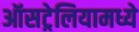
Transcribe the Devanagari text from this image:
ऑसट्रेलियामध्ये